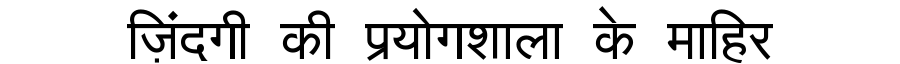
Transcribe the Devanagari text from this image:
ज़िंदगी की प्रयोगशाला के माहिर